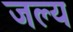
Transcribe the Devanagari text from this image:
जल्य